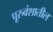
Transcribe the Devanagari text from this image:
पूरुवंशातील